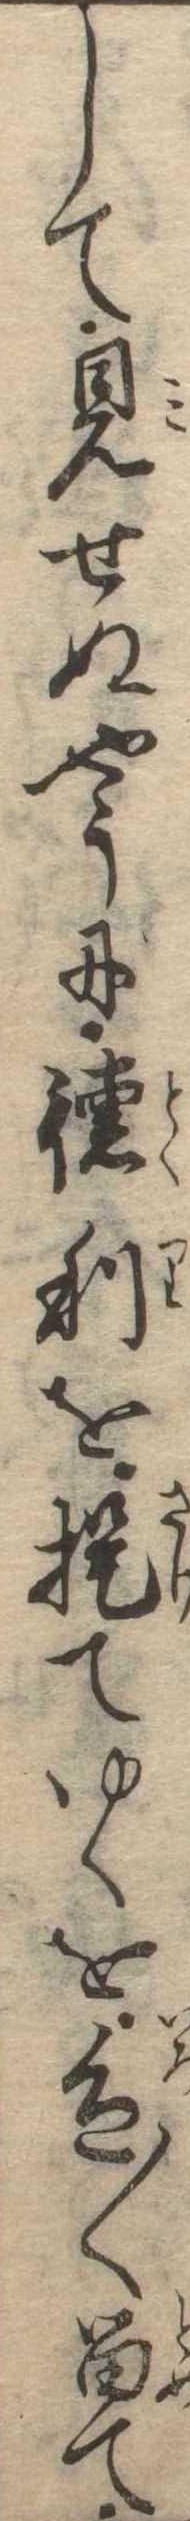
して見せぬやうに徳利を提てゆくを色〱留て